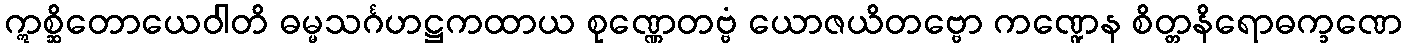
ဣစ္ဆိတောယေဝါတိ ဓမ္မသင်္ဂဟဋ္ဌကထာယ စုဏ္ဏေတဗ္ဗံ ယောဇယိတဗ္ဗော ကဏ္ဍေန စိတ္တနိရောဓက္ခဏေ